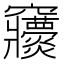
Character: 𥩒